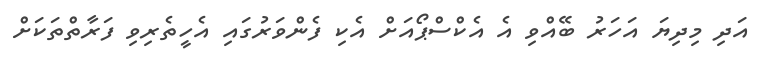
އަދި މިދިޔަ އަހަރު ބޭއްވި އެ އެކްސްޕޯއަށް އެކި ފެންވަރުގައި އެހީތެރިވި ފަރާތްތަކަށް